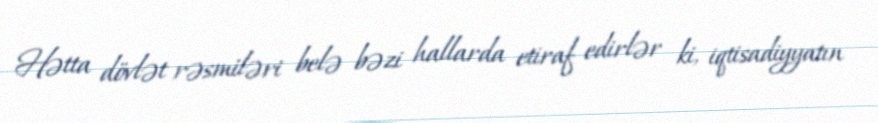
Hətta dövlət rəsmiləri belə bəzi hallarda etiraf edirlər ki, iqtisadiyyatın